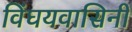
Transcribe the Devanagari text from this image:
विंघयवासिनी